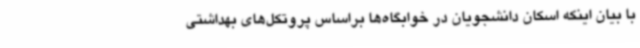
با بیان اینکه اسکان دانشجویان در خوابگاه‌ها براساس پروتکل‌های بهداشتی